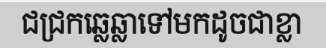
ជជ្រកឆ្លេឆ្លាទៅមកដូចជាខ្លា